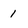
Character: 1